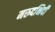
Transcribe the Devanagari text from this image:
मरुदभिदी